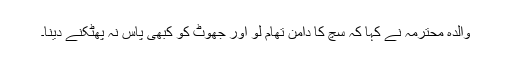
والدہ محترمہ نے کہا کہ سچ کا دامن تھام لو اور جھوٹ کو کبھی پاس نہ پھٹکنے دینا۔